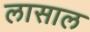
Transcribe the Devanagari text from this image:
लासाल